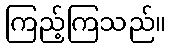
ကြည့်ကြသည်။